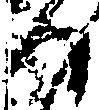
汰